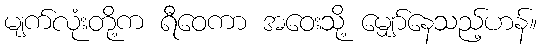
မျက်လုံးတို့က ရီဝေကာ အဝေးသို့ မျှော်နေသည့်ဟန်။